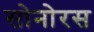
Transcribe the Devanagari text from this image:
सोनोरस